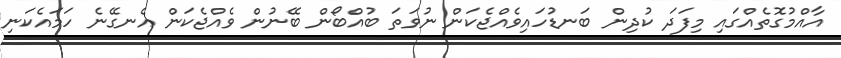
އާއްމުގޮތެއްގައި މިފަދަ ކުދިން ބަނޑުހައިވެއްޖެކަން ނުވަތަ ބުއްބޯން ބޭނުން ވެއްޖެކަން އެނގޭނެ ހަމައެކަނި